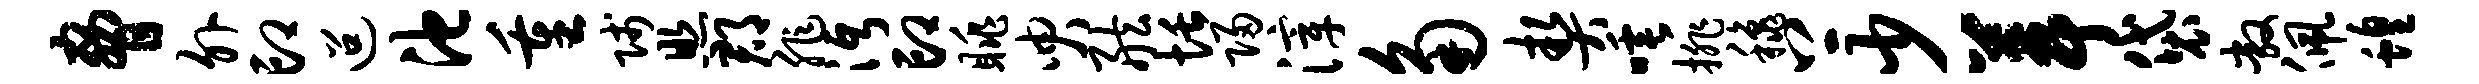
胁外印迢池重贱照郡非沔印眺臾舷恬归滓角契唾排秋上少葺袋敞佩蝗